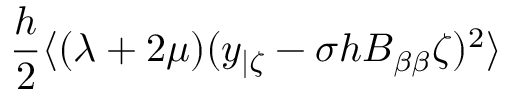
\frac { h } { 2 } \langle ( \lambda + 2 \mu ) ( y _ { | \zeta } - \sigma h B _ { \beta \beta } \zeta ) ^ { 2 } \rangle